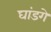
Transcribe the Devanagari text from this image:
घांडगे